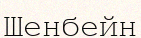
Шенбейн